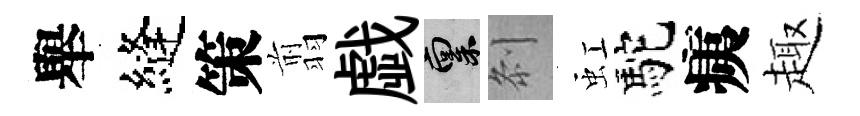
舉縫策翦戯禀𠛴虹駝痍趣